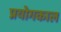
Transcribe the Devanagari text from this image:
प्रयोगकाल